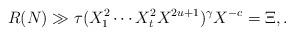
LaTeX: \begin{align*} R(N) \gg \tau (X_1^2 \cdots X_t^2X^{2u+1})^{\gamma} X^{-c} = \Xi, .\end{align*}